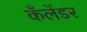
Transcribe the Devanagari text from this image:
कँलेंडर